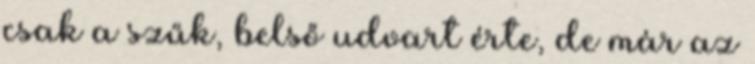
csak a szűk, belső udvart érte, de már az